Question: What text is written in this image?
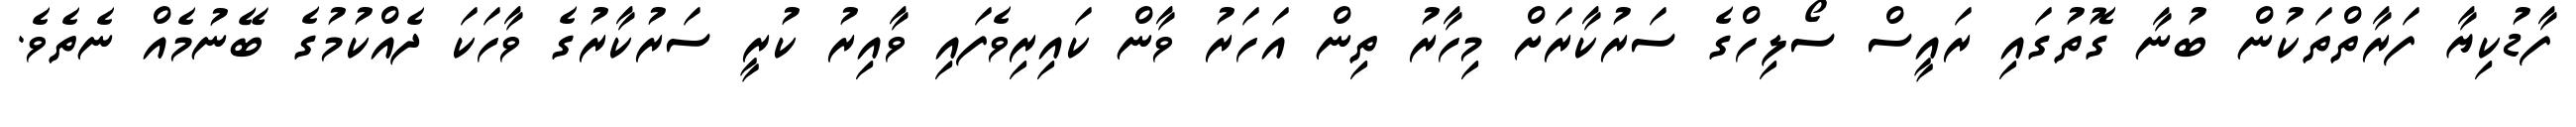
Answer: ފާޑުކިޔާ ފަރާތްތަކުން ބުނާ ގޮތުގައި ރައީސް ސޯލިހްގެ ސަރުކާރަށް މިހާރު ތިން އަހަރު ވާން ކައިރިވެފައި ވާއިރު ކުރީ ސަރުކާރުގެ ވާހަކަ ދެއްކުމުގެ ބޭނުމެއް ނެތެވެ.